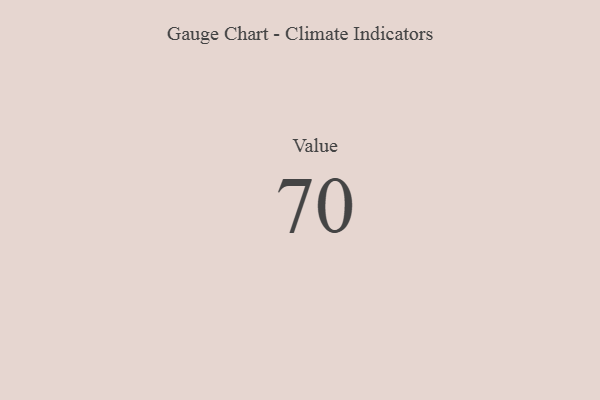
{"axis": {"x": "Metric", "y": "Value"}, "legend": [""], "data": [{"x": "Value", "y": 70, "type": ""}]}